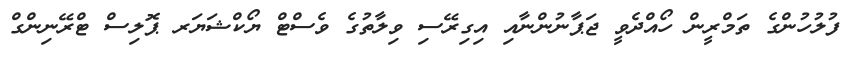
ފުލުހުންގެ ތަމްރީން ހޯއްދެވީ ޖަޕާނުންނާއި އިގިރޭސި ވިލާތުގެ ވެސްޓް ޔޯކްޝަޔަރ ޕޮލިސް ޓްރޭނިންގް